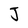
Character: J